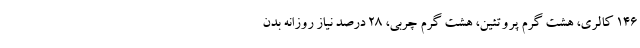
146 کالری، هشت گرم پروتئین، هشت گرم چربی، 28 درصد نیاز روزانه بدن